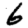
Digit: 6